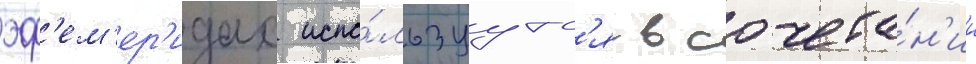
эф'ем'ер'идах испо́льзуутс'я в сочета́н'ии